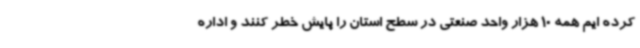
کرده ایم همه 10 هزار واحد صنعتی در سطح استان را پایش خطر کنند و اداره